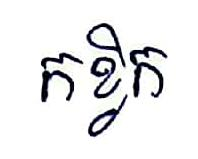
កខ្វិក